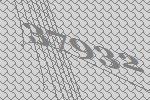
37932